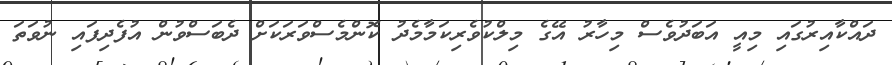
ދައްކާއިރުގައި މިއީ އަބަދުވެސް މިހާރު އޭގެ މިލްކުވެރިކަމާމެދު ކޮންމެސްވަރަކަށް ދެބަސްވުން އުފެދިފައި ނުވަތަ